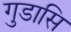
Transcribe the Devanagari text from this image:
गुडासि